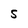
Character: S